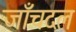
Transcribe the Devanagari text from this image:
जाँचदल